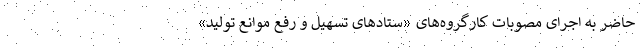
حاضر به اجرای مصوبات کارگروه‌های «ستادهای تسهیل و رفع موانع تولید»